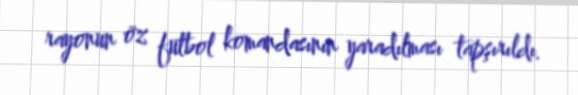
rayonun öz futbol komandasının yaradılması tapşırıldı.